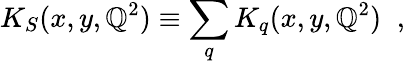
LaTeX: K_{S}(x,y,\mathbb{Q}^{2})\equiv\sum_{q}K_{q}(x,y,\mathbb{Q}^{2})\; \; ,